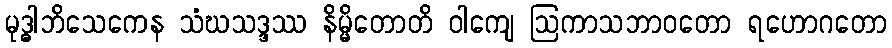
မုဒ္ဓါဘိသေကေန သံဃသဒ္ဒဿ နိမ္မိတောတိ ဝါကျေ ဩကာသဘာဝတော ရဟောဂတော